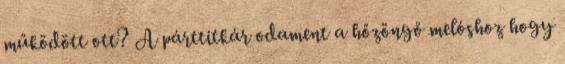
működött ott? A párttitkár odament a hőzöngő melóshoz hogy